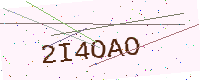
Text: 2I4OAO